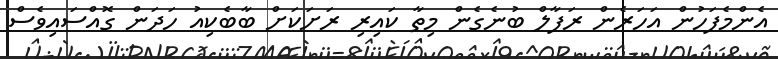
އެންމެފަހުން އަހަރެން ރަފާލް ބުނެގެން މިތާ ކައިރި ރަށަކަށް ބާބެކިއު ހަދަން ގޮއްސައިވެސް